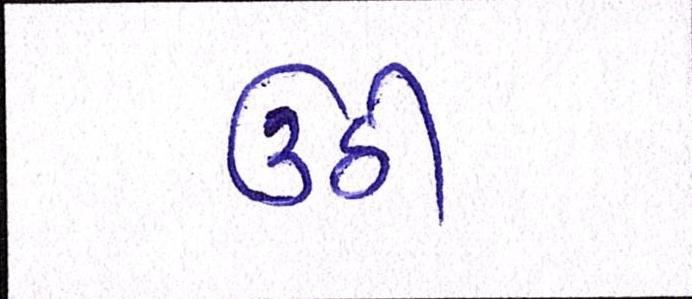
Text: ઉઠી